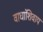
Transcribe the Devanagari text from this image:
वाघांशिवाय